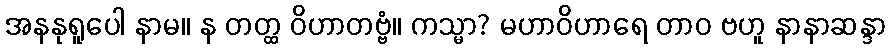
အနနုရူပေါ နာမ။ န တတ္ထ ဝိဟာတဗ္ဗံ။ ကသ္မာ? မဟာဝိဟာရေ တာဝ ဗဟူ နာနာဆန္ဒာ